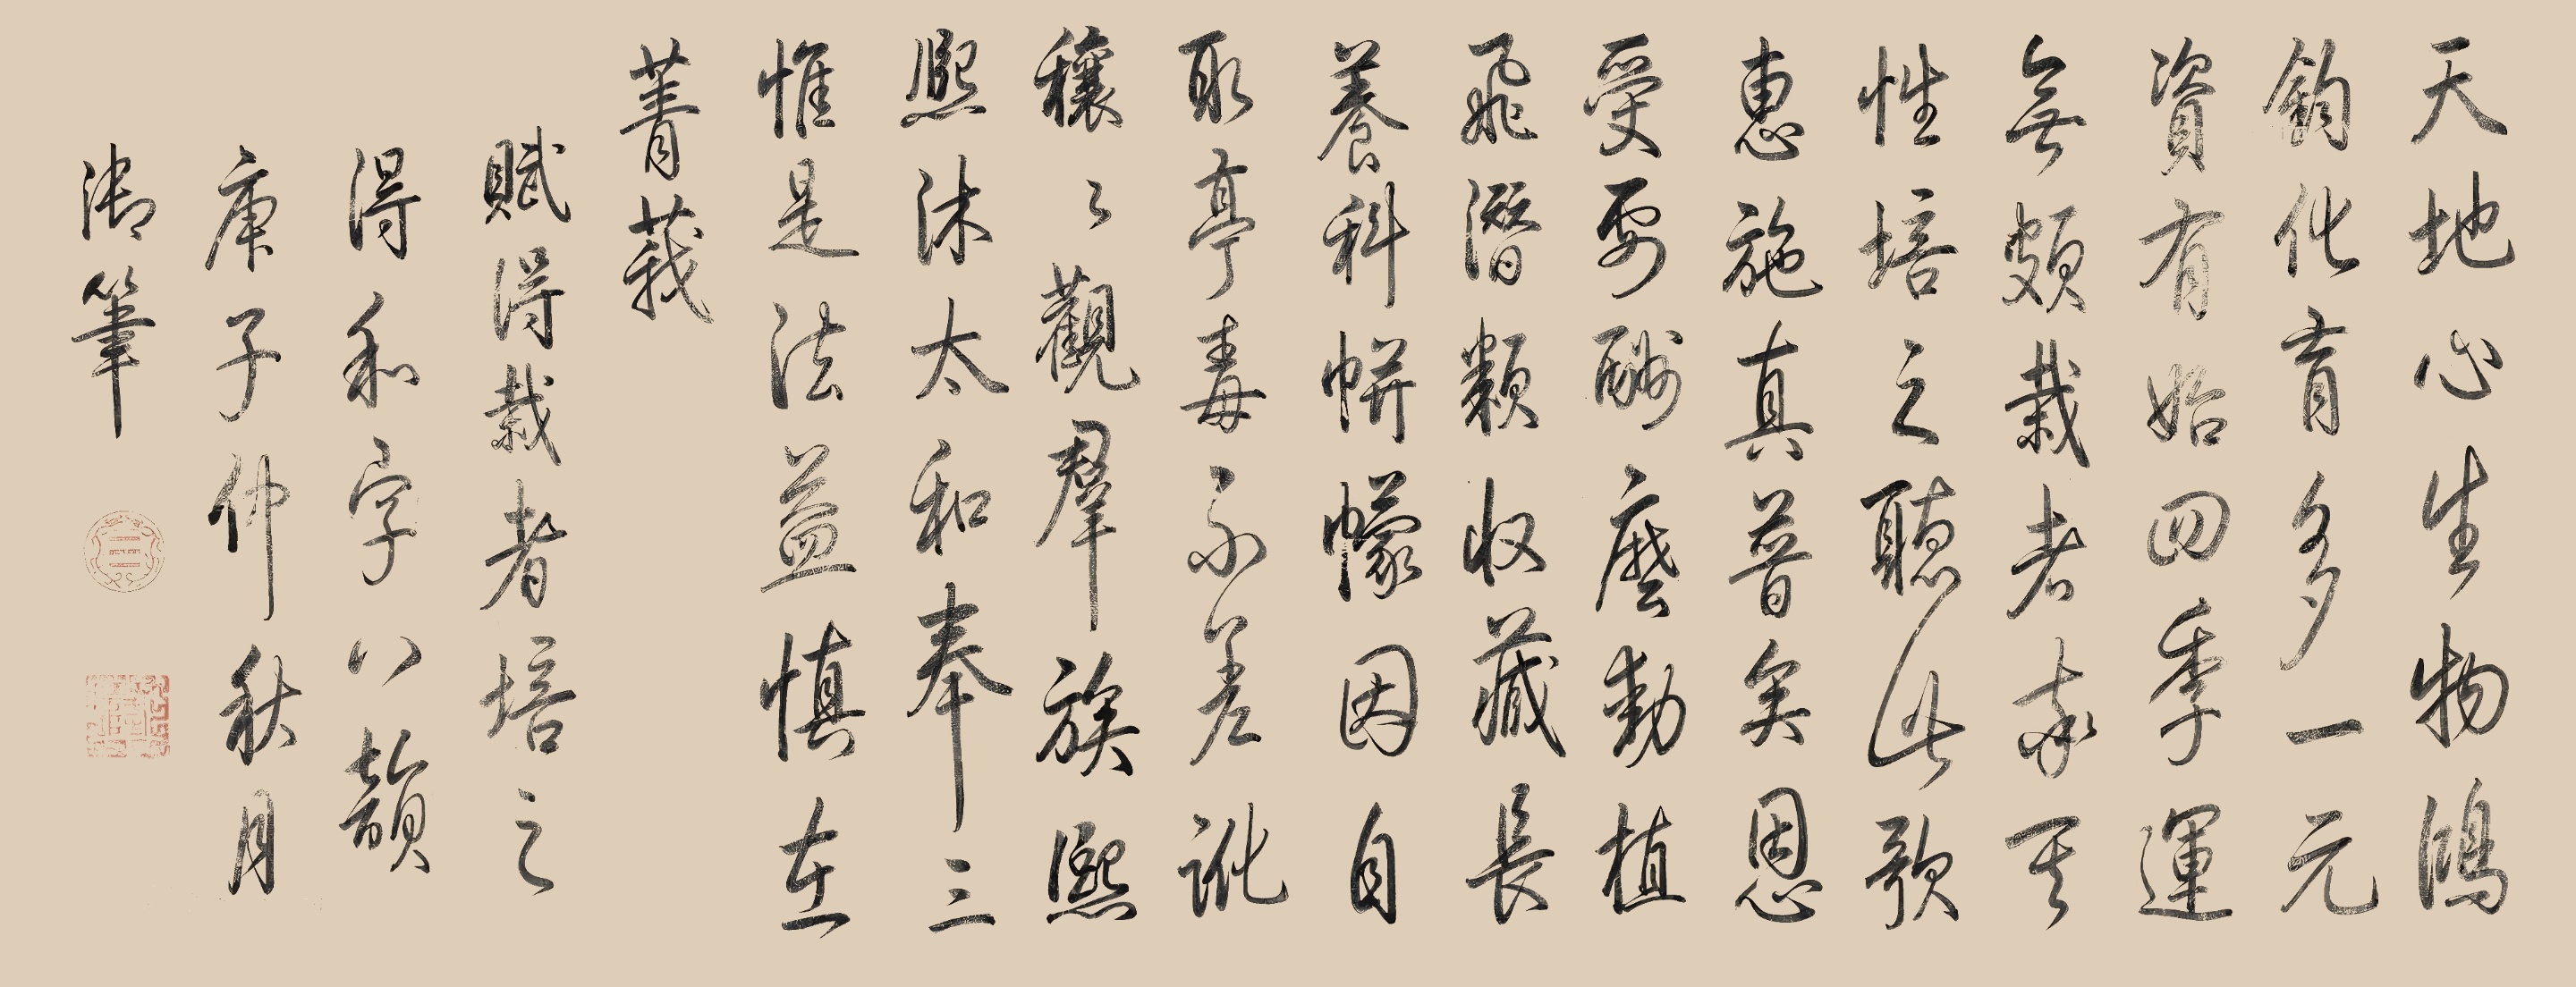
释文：天地心生物，鸿钧化育多。一元资有始，四季运无颇。栽者率其性，培之听此歌。惠施真普矣，恩受要酬么。动植飞潜类，收藏长养科。帡幪因自取，亭毒不差讹。穰穰观群族，熙熙沐太和。奉三帷是法，益慎在菁莪。赋得栽者培之得和字八韵。庚子（1780）仲秋月御笔。